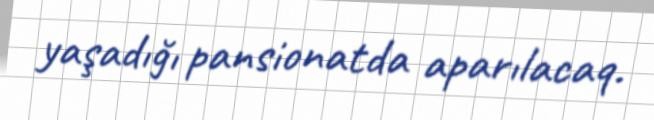
yaşadığı pansionatda aparılacaq.